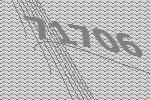
71706